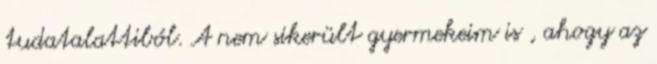
tudatalattiból. A nem sikerült gyermekeim is , ahogy az